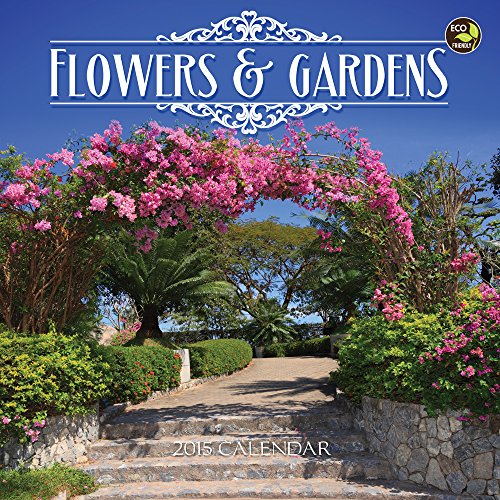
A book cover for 2015 Flowers & Gardens Mini Calendar; TF PUBLISHING; Calendars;